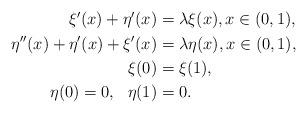
LaTeX: \begin{align*}\begin{aligned}\xi^{\prime}(x)+\eta^{\prime}(x)&=\lambda\xi(x), x\in (0,1) ,\\\eta^{\prime\prime}(x)+\eta^{\prime}(x)+\xi^{\prime}(x)&=\lambda\eta(x), x\in (0,1),\\\xi(0)&=\xi(1),\\\eta(0)=0,\ \ \eta(1)&=0.\end{aligned}\end{align*}